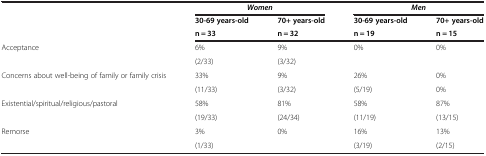
|  | <COLSPAN=2> Women | <COLSPAN=2> Men |
 | <ROWSPAN=2>  | 30-69 years-old | 70+ years-old | 30-69 years-old | 70+ years-old |
 | n = 33 | n = 32 | n = 19 | n = 15 |
 | --- | --- | --- | --- | --- |
 | <ROWSPAN=2> Acceptance | 6% | 9% | 0% | 0% |
 | (2/33) | (3/32) |  |  |
 | <ROWSPAN=2> Concerns about well-being of family or family crisis | 33% | 9% | 26% | 0% |
 | (11/33) | (3/32) | (5/19) | 0% |
 | <ROWSPAN=2> Existential/spiritual/religious/pastoral | 58% | 81% | 58% | 87% |
 | (19/33) | (24/34) | (11/19) | (13/15) |
 | Remorse | 3% | 0% | 16% | 13% |
 |  | (1/33) |  | (3/19) | (2/15) |